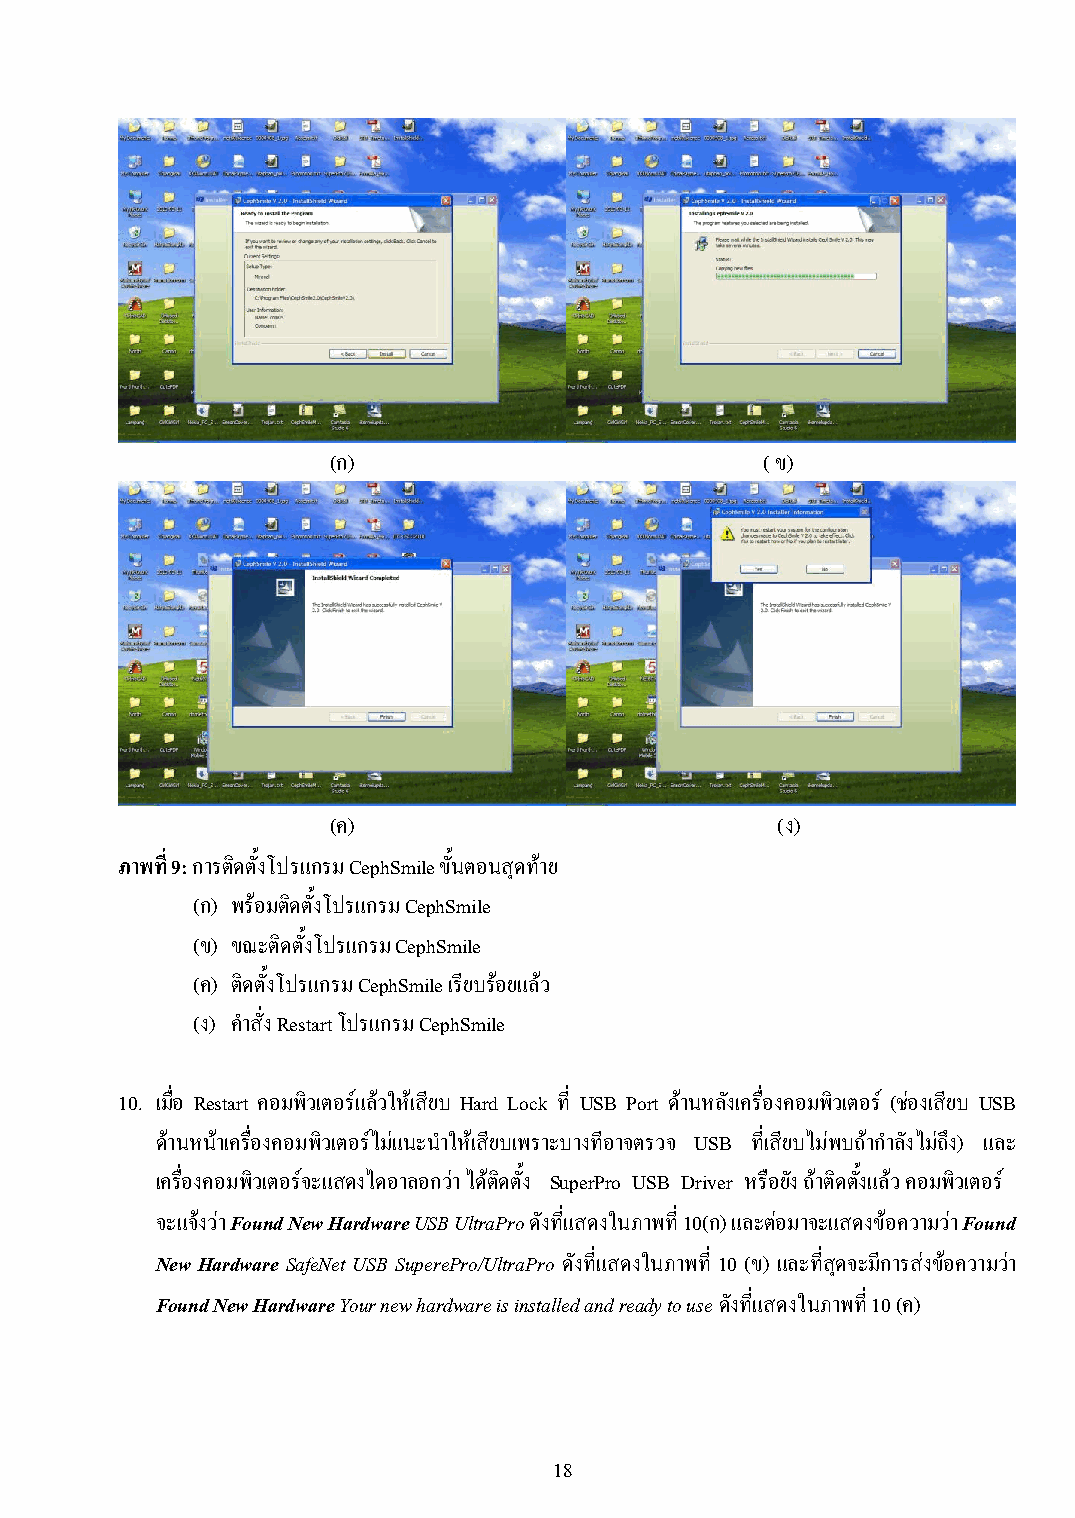
(ก)                          (ข)
 (ค)                          (ง)
 ภาพที่ 9: การติดตั้งโปรแกรม CephSmile ขั้นตอนสุดท้าย
 (ก) พร้อมติดตั้งโปรแกรม CephSmile
 (ข) ขณะติดตั้งโปรแกรม CephSmile
 (ค) ติดตั้งโปรแกรม CephSmile เรียบร้อยแล้ว
 (ง) ค าสั่ง Restart โปรแกรม CephSmile
 10. เมื่อ Restart คอมพิวเตอร์แล้วให้เสียบ Hard Lock ที่ USB Port ด้านหลังเครื่องคอมพิวเตอร์ (ช่องเสียบ USB
 ด้านหน้าเครื่องคอมพิวเตอร์ไม่แนะน าให้เสียบเพราะบางทีอาจตรวจ USB ที่เสียบไม่พบถ้าก าลังไม่ถึง) และ
 เครื่องคอมพิวเตอร์จะแสดงไดอาลอกว่า ได้ติดตั้ง SuperPro USB Driver หรือยัง ถ้าติดตั้งแล้ว คอมพิวเตอร์
 จะแจ้งว่า Found New Hardware USB UltraPro ดังที่แสดงในภาพที่ 10(ก) และต่อมาจะแสดงข้อความว่า Found
 New Hardware SafeNet USB SuperePro/UltraPro ดังที่แสดงในภาพที่ 10 (ข) และที่สุดจะมีการส่งข้อความว่า
 Found New Hardware Your new hardware is installed and ready to use ดังที่แสดงในภาพที่ 10 (ค)
 18